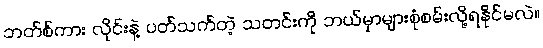
ဘတ်စ်ကား လိုင်းနဲ့ ပတ်သက်တဲ့ သတင်းကို ဘယ်မှာများစုံစမ်းလို့ရနိုင်မလဲ။